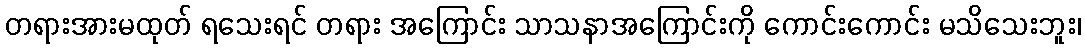
တရားအားမထုတ် ရသေးရင် တရား အကြောင်း သာသနာအကြောင်းကို ကောင်းကောင်း မသိသေးဘူး၊